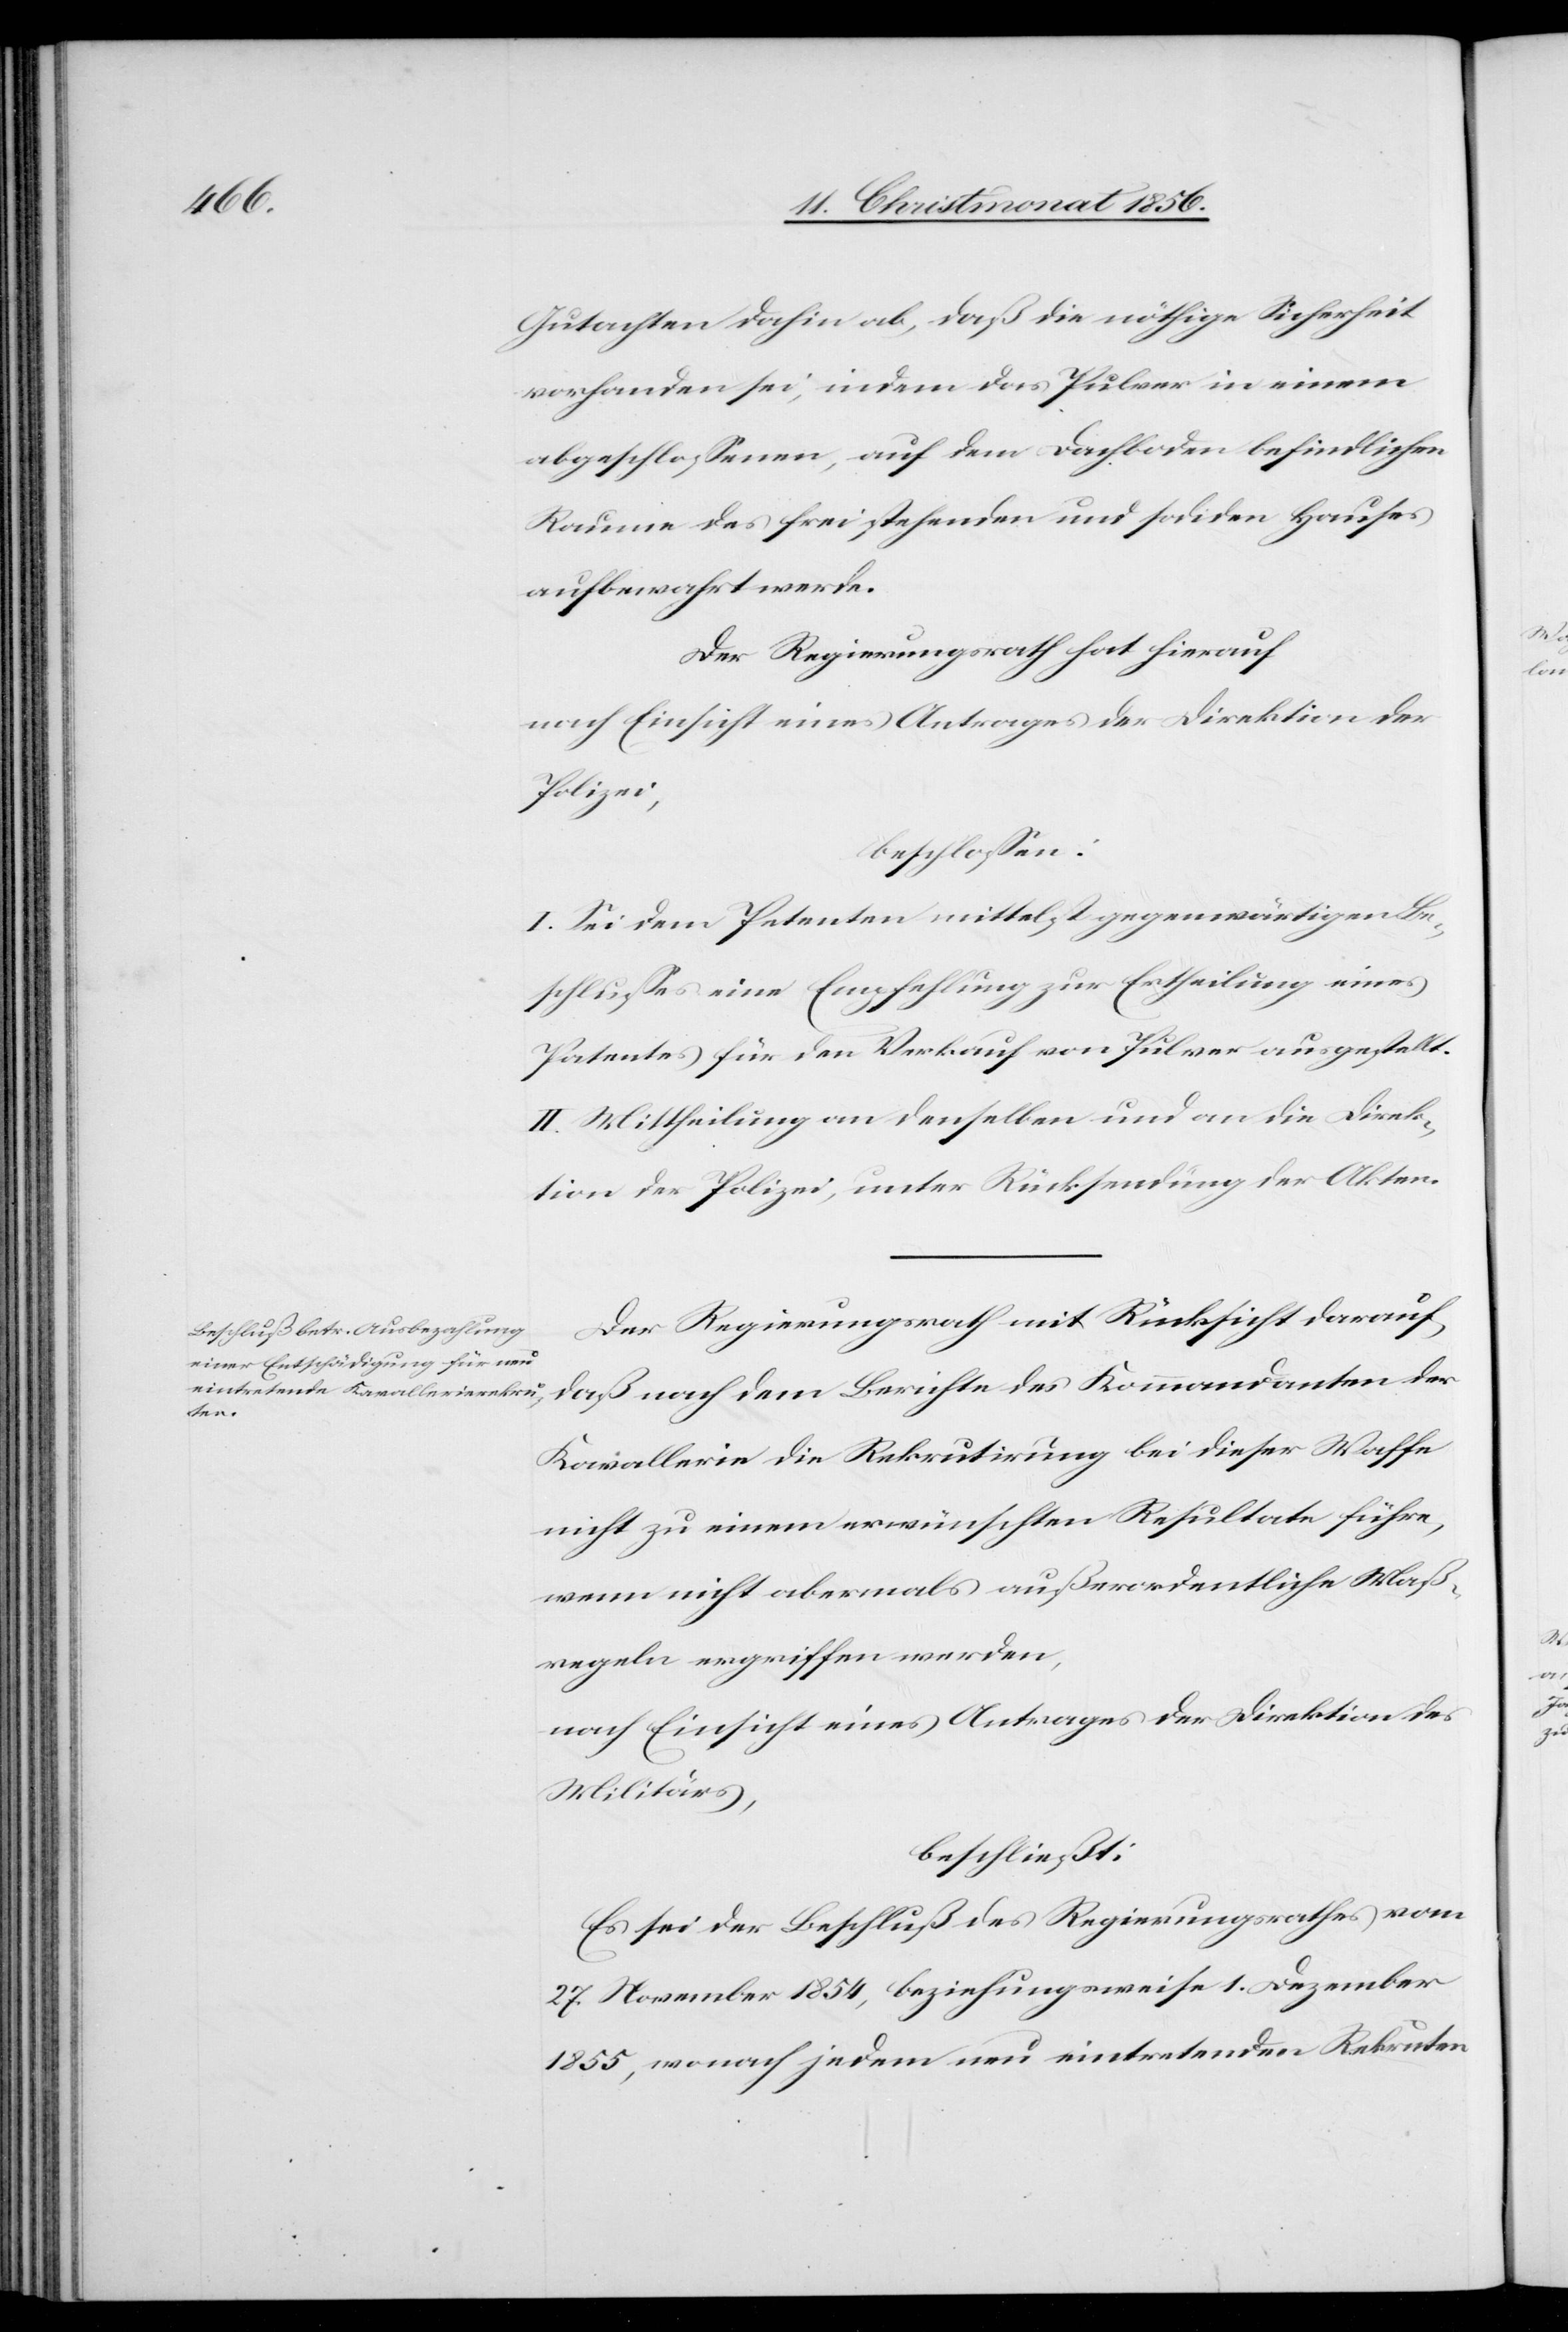
Gutachten dahin ab, daß die nöthige Sicherheit
vorhanden sei, indem das Pulver in einem
abgeschlossenen, auf dem Dachboden befindlichen
Raume des frei stehenden und sodiden [recte:
aufbewahrt werde.
Der Regierungsrath hat hierauf
nach Einsicht eines Antrages der Direktion der
Polizei,
beschlossen:
I. Sei dem Petenten mittelst gegenwärtigen Be¬
schlusses eine Empfehlung zur Ertheilung eines
Patentes für den Verkauf von Pulver ausgestellt.
II. Mittheilung an denselben und an die Direk¬
tion der Polizei, unter Rücksendung der Akten.
Der Regierungsrath mit Rücksicht darauf,
daß nach dem Berichte des Kommandanten der
Kavallerie die Rekrutirung bei dieser Waffe
nicht zu einem erwünschten Resultate führe,
wenn nicht abermals außerordentliche Maß¬
regeln ergriffen werden,
nach Einsicht eines Antrages der Direktion des
Militärs,
beschließt:
Es sei der Beschluß des Regierungsrathes vom
27. November 1854, beziehungsweise 1. Dezember
1855, wonach jedem neu eintretenden Rekruten